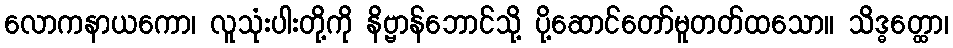
လောကနာယကော၊ လူသုံးပါးတို့ကို နိဗ္ဗာန်ဘောင်သို့ ပို့ဆောင်တော်မူတတ်ထသော။ သိဒ္ဓတ္ထော၊